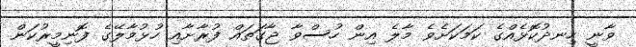
ވާނީ ހިނދުކޮޅެއްގެ ކަމަކަށެވެ މާލެ އިން ހުސްވާ ޖާގަތައް ފުރާށާއި ހުޅުމާލޭގެ ފޮނިމީރުކަން